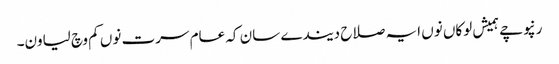
رنپوچے ہمیش لوکاں نوں ایہ صلاح دیندے سان کہ عام سرت نوں کم وچ لیاون۔